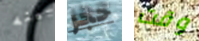
بينه حجر وقت